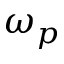
\omega _ { p }